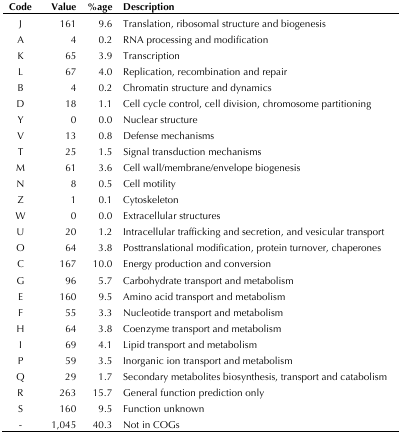
<table><thead><tr><td><b>Code</b></td><td><b>Value</b></td><td><b>%age</b></td><td><b>Description</b></td></tr></thead><tbody><tr><td>J</td><td>161</td><td>9.6</td><td>Translation, ribosomal structure and biogenesis</td></tr><tr><td>A</td><td>4</td><td>0.2</td><td>RNA processing and modification</td></tr><tr><td>K</td><td>65</td><td>3.9</td><td>Transcription</td></tr><tr><td>L</td><td>67</td><td>4.0</td><td>Replication, recombination and repair</td></tr><tr><td>B</td><td>4</td><td>0.2</td><td>Chromatin structure and dynamics</td></tr><tr><td>D</td><td>18</td><td>1.1</td><td>Cell cycle control, cell division, chromosome partitioning</td></tr><tr><td>Y</td><td>0</td><td>0.0</td><td>Nuclear structure</td></tr><tr><td>V</td><td>13</td><td>0.8</td><td>Defense mechanisms</td></tr><tr><td>T</td><td>25</td><td>1.5</td><td>Signal transduction mechanisms</td></tr><tr><td>M</td><td>61</td><td>3.6</td><td>Cell wall/membrane/envelope biogenesis</td></tr><tr><td>N</td><td>8</td><td>0.5</td><td>Cell motility</td></tr><tr><td>Z</td><td>1</td><td>0.1</td><td>Cytoskeleton</td></tr><tr><td>W</td><td>0</td><td>0.0</td><td>Extracellular structures</td></tr><tr><td>U</td><td>20</td><td>1.2</td><td>Intracellular trafficking and secretion, and vesicular transport</td></tr><tr><td>O</td><td>64</td><td>3.8</td><td>Posttranslational modification, protein turnover, chaperones</td></tr><tr><td>C</td><td>167</td><td>10.0</td><td>Energy production and conversion</td></tr><tr><td>G</td><td>96</td><td>5.7</td><td>Carbohydrate transport and metabolism</td></tr><tr><td>E</td><td>160</td><td>9.5</td><td>Amino acid transport and metabolism</td></tr><tr><td>F</td><td>55</td><td>3.3</td><td>Nucleotide transport and metabolism</td></tr><tr><td>H</td><td>64</td><td>3.8</td><td>Coenzyme transport and metabolism</td></tr><tr><td>I</td><td>69</td><td>4.1</td><td>Lipid transport and metabolism</td></tr><tr><td>P</td><td>59</td><td>3.5</td><td>Inorganic ion transport and metabolism</td></tr><tr><td>Q</td><td>29</td><td>1.7</td><td>Secondary metabolites biosynthesis, transport and catabolism</td></tr><tr><td>R</td><td>263</td><td>15.7</td><td>General function prediction only</td></tr><tr><td>S</td><td>160</td><td>9.5</td><td>Function unknown</td></tr><tr><td>-</td><td>1,045</td><td>40.3</td><td>Not in COGs</td></tr></tbody></table>